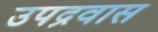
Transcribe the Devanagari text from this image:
उपद्रवास